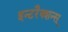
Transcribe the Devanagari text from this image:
इन्टरैक्शन्स्